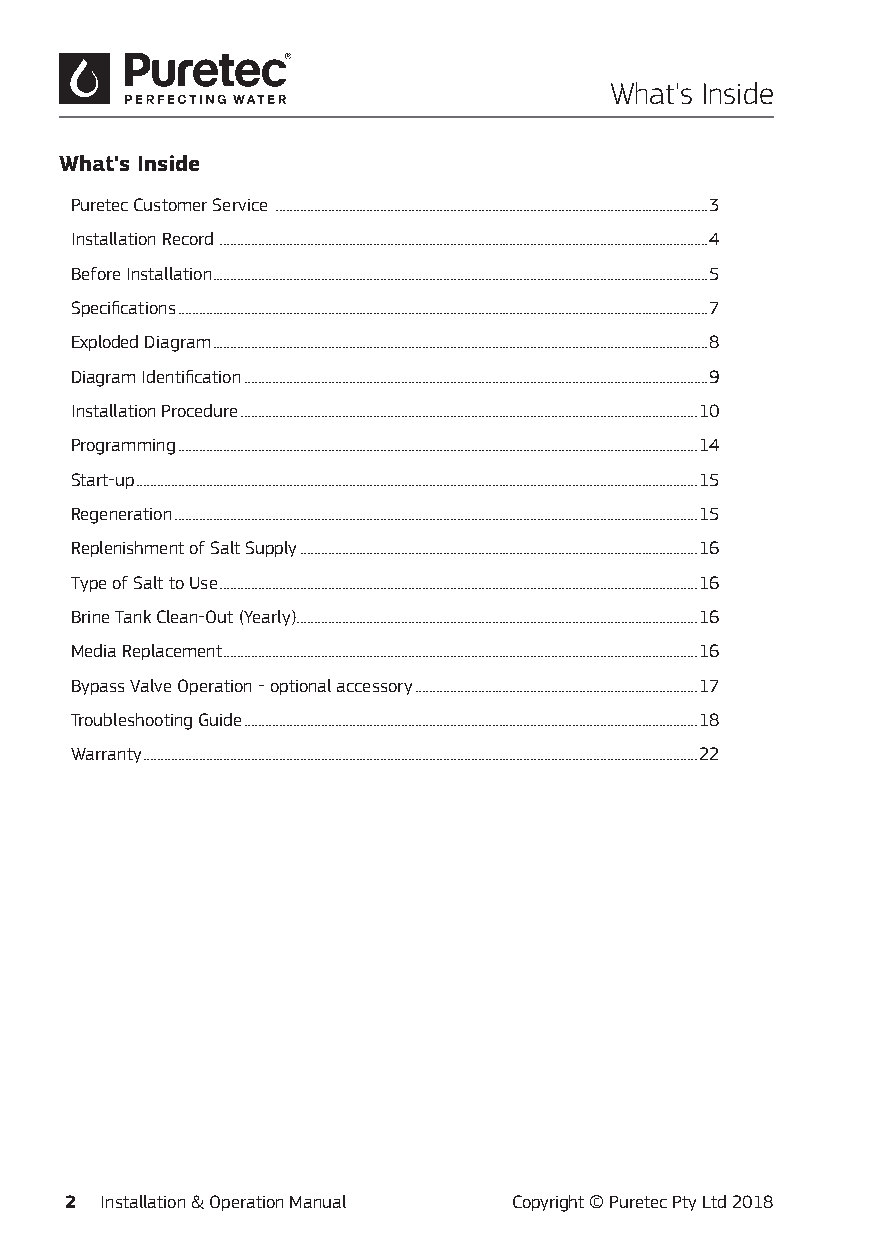
What's Inside
 What's Inside
 Puretec Customer Service ............................................................................................................................3
 Installation Record ............................................................................................................................................4
 Before Installation ..............................................................................................................................................5
 Specifications ........................................................................................................................................................7
 Exploded Diagram ..............................................................................................................................................8
 Diagram Identification .....................................................................................................................................9
 Installation Procedure ...................................................................................................................................10
 Programming .....................................................................................................................................................14
 Start-up .................................................................................................................................................................15
 Regeneration ......................................................................................................................................................15
 Replenishment of Salt Supply ..................................................................................................................16
 Type of Salt to Use .........................................................................................................................................16
 Brine Tank Clean-Out (Yearly) ...................................................................................................................16
 Media Replacement ........................................................................................................................................16
 Bypass Valve Operation - optional accessory .................................................................................17
 Troubleshooting Guide ..................................................................................................................................18
 Warranty ...............................................................................................................................................................22
 2  Installation & Operation Manual Copyright © Puretec Pty Ltd 2018